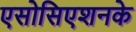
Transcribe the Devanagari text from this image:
एसोसिएशनके